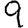
Digit: 9